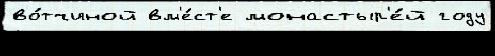
во́тчиной вм'е́ст'е монастыр'е́й году